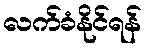
လက်ခံနိုင်ရန်